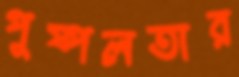
পুষ্পলতার